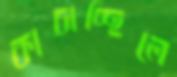
কাচাচ্ছিলে